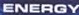
ENEROY